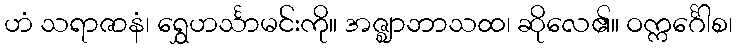
ဟံ သရာဇာနံ၊ ရွှေဟင်္သာမင်းကို။ အဇ္ဈာဘာသထ၊ ဆိုလေ၏။ ဝက္ကင်္ဂေါစ၊